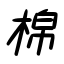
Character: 棉